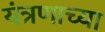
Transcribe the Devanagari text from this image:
यंत्रणाच्या